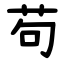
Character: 苟